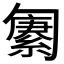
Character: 𫧆